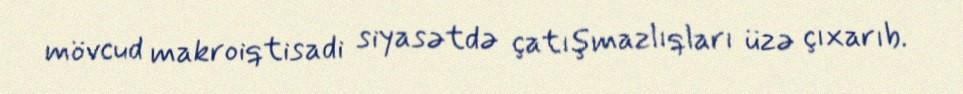
mövcud makroiqtisadi siyasətdə çatışmazlıqları üzə çıxarıb.